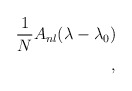
\begin{align*}{1 \over N} A_{nl}(\lambda - \lambda_{0})\\,\end{align*}